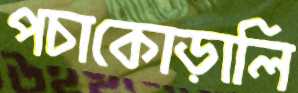
পচাকোড়ালি